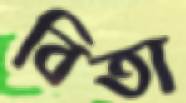
বিতা